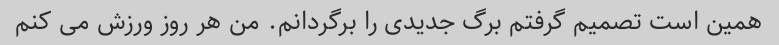
همین است تصمیم گرفتم برگ جدیدی را برگردانم. من هر روز ورزش می کنم